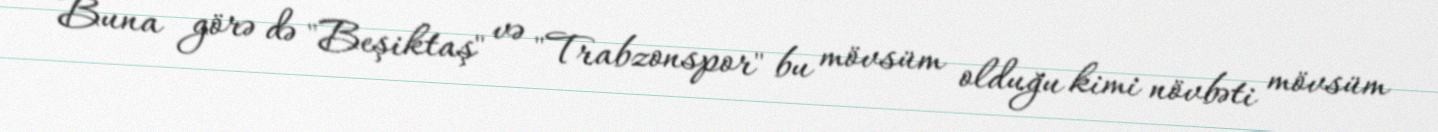
Buna görə də "Beşiktaş" və "Trabzonspor" bu mövsüm olduğu kimi növbəti mövsüm